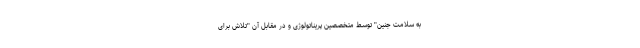
به سلامت جنین" توسط متخصصین پریناتولوژی و در مقابل آن "تلاش برای